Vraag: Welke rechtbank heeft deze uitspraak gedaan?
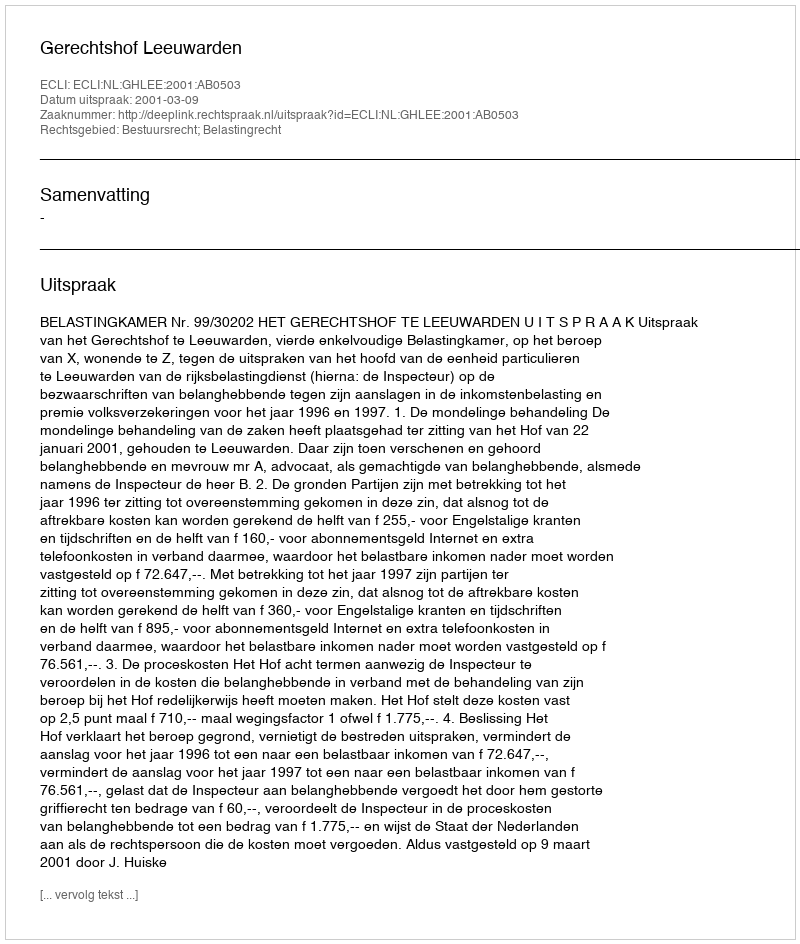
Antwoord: Gerechtshof Leeuwarden